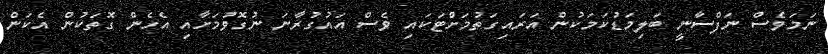
ނަމަވެސް ނަފްސާނީ ބަލިމަޑުކަމަކުން އަރައިގަތުމަށްޓަކައި ވެސް އައުގުރާނަ ނުގޮވުމަށާއި އެހެން ގޮތަކުން އެކަން